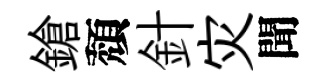
鎗頽針灾聞